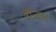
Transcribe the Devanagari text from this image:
बॉन्डस